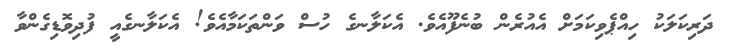
ދަރިކަލަކު ހިއްޕެވިކަމަށް އެއުރެން ބުނެފޫއެވެ. އެކަލާނގެ ހުސް ވަންތަކަމާއެވެ! އެކަލާނގެއީ ފުދިވޮޑިގެންވާ